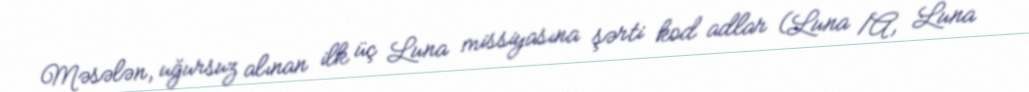
Məsələn, uğursuz alınan ilk üç Luna missiyasına şərti kod adlar (Luna 1A, Luna